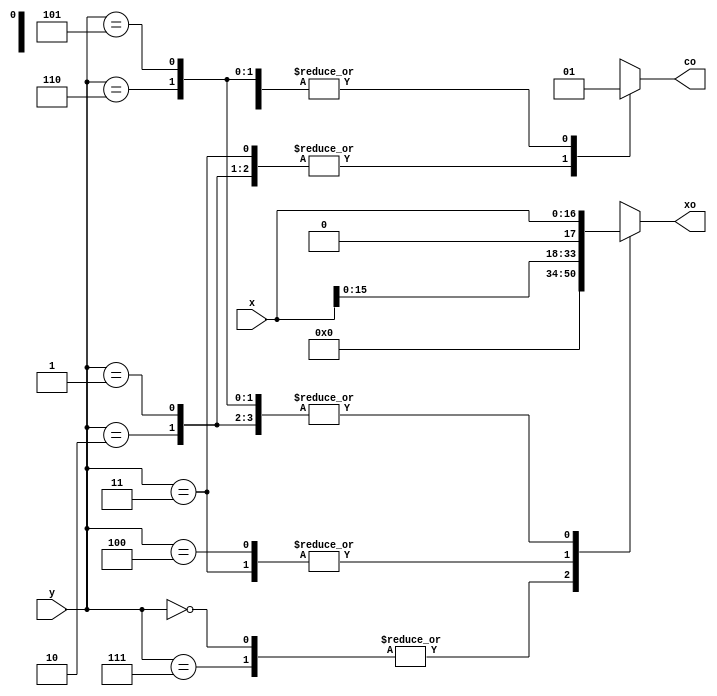
// Component Name   : booth2
// Component Version: 
// Release Type     : 
//  ------------------------------------------------------------------------

// 
// Release version :  
// File Version    :  
// Revision: 
//
//
// Abstract: 
module booth2(
    input   [2 :0]  y,
    input   [16:0]  x,

    output  reg [16:0]  xo,
    output  reg         co
);

    always @(*) begin
        case(y) 
            3'b000,3'b111: begin
                xo = 0;
                co = 0;
            end
            3'b001,3'b010: begin
                xo = x;
                co = 0;
            end
            3'b011: begin
                xo = (x<<1);
                co = 0;
            end
            3'b100: begin
                xo = (x<<1);
                co = 1;
            end
            3'b101,3'b110: begin
                xo = (x);
                co = 1;
            end
        endcase
    end
endmodule